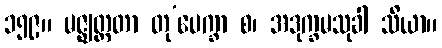
၁၅၉။ မဇ္ဈတ္တတာ တု’ပေက္ခာ စ၊ အဒုက္ခမသုခါ သိယာ။